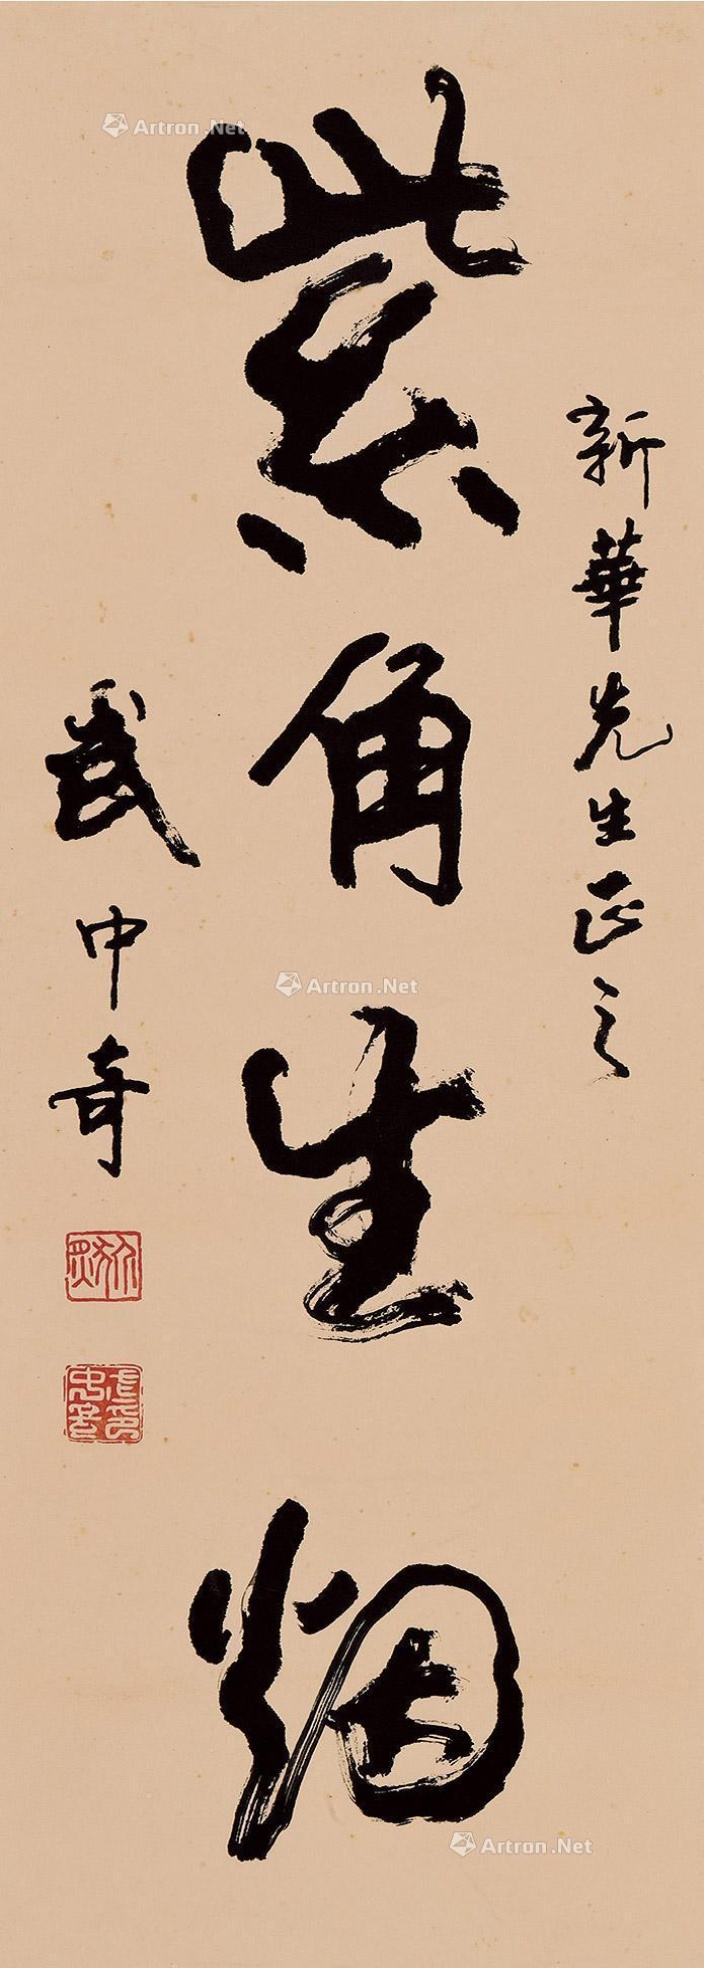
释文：紫角生烟。新华先生正之，武中奇。